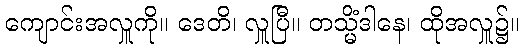
ကျောင်းအလှူကို။ ဒေတိ၊ လှူပြီ။ တသ္မိံဒါနေ၊ ထိုအလှူ၌။